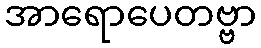
အာရောပေတဗ္ဗာ